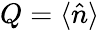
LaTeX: Q=\langle\hat{n}\rangle